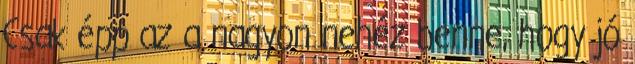
Csak épp az a nagyon nehéz benne, hogy jó